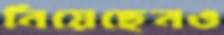
নিয়েছেনও